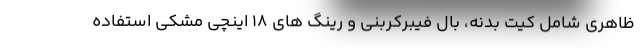
ظاهری شامل کیت بدنه، بال فیبرکربنی و رینگ های 18 اینچی مشکی استفاده